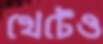
খেটেও